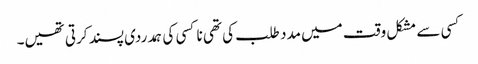
کسی سے مشکل وقت میں مدد طلب کی تھی نا کسی کی ہمدردی پسند کرتی تھیں۔